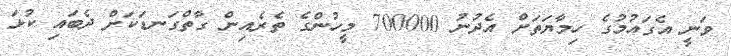
ވަނީ އެގައުމުގެ ހިމާޔަތަށް އެދުނު 700000 މީހުންގެ ތެރެއިން ގާތްގަނޑަކަށް ދެބައި ކުޅަ